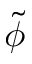
\tilde { \phi }